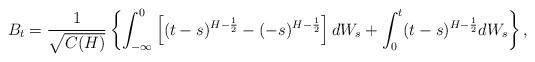
LaTeX: \begin{align*}B_{t}=\frac{1}{\sqrt{C(H)}}\left\{ \int_{-\infty}^{0}\left[(t-s)^{H-\frac{1}{2}}-(-s)^{H-\frac{1}{2}}\right]dW_{s}+\int_{0}^{t}(t-s)^{H-\frac{1}{2}}dW_{s}\right\} ,\end{align*}